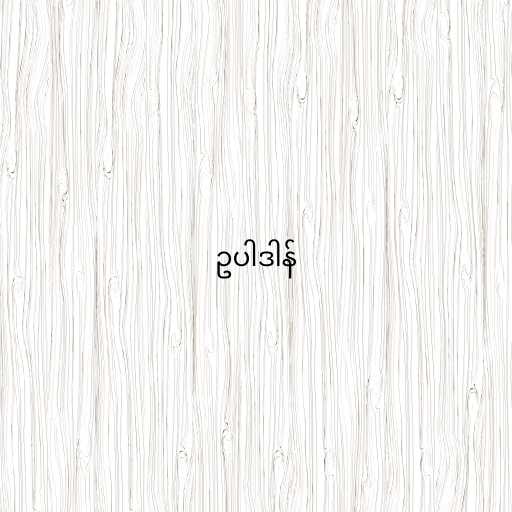
ဥပါဒါန်